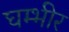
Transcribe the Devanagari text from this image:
घम्भीर